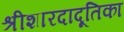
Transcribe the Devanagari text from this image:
श्रीशारदादूतिका